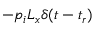
- p _ { i } L _ { x } \delta ( t - t _ { r } )